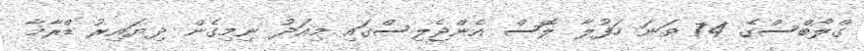
ގްލޯބްސްގެ 74 ވަނަ ހަފުލާ ލޮސް އެންޖެލިސްގައި މިއަދު ނިމިގެން ދިޔައިރު ޑްރާމާ